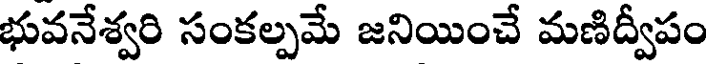
భువనేశ్వరి సంకల్పమే జనియించే మణిద్వీపం